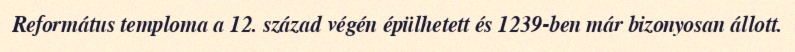
Református temploma a 12. század végén épülhetett és 1239-ben már bizonyosan állott.